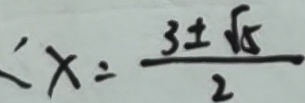
: x = \frac { 3 \pm \sqrt { 5 } } { 2 }